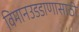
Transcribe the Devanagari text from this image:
विमानउडडाणासाठी